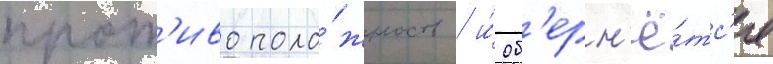
прот'ивополо́жность / и́ об'ерн'ё́тс'я